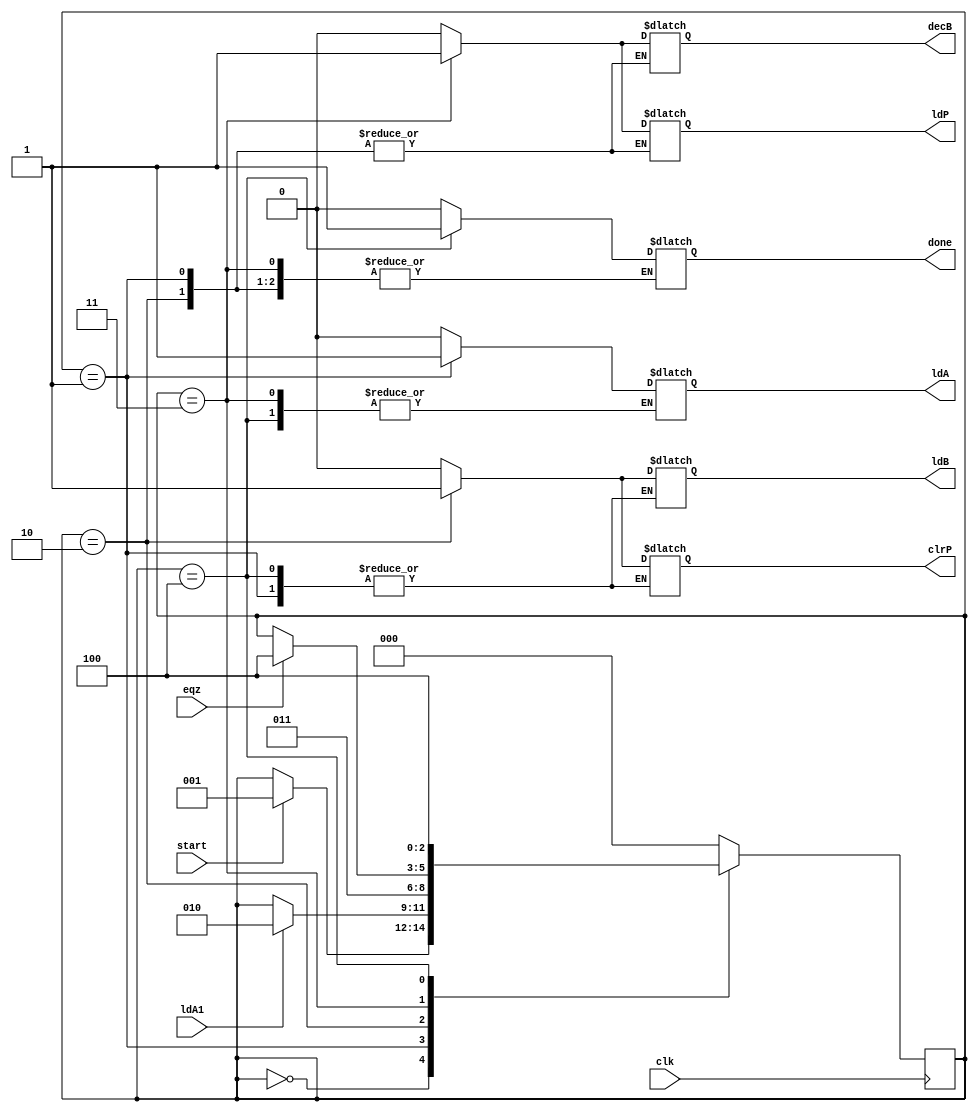
module mul_control(done,ldA,ldA1,ldB,ldP,clrP,decB,eqz,start,clk);

output reg done,ldA,ldB,ldP,clrP,decB;
input start,clk,ldA1,eqz;

reg [2:0] state;
parameter S0 = 0 , S1 = 1, S2 = 2, S3 = 3, S4 =4;

always @(posedge clk) begin	//define the state value only in current always block

	case (state)
		S0 :  if (start) state <= S1;
		S1 :  if (ldA1) state <= S2;
		S2 :  state <= S3;
		S3 : #2 if (eqz) state <= S4;
		S4 :  state <= S4;
		default : state <= S0; 
	endcase
	
end




always @(state) begin

	case (state)
		S0 : begin #1 done = 0;ldA = 0;ldB = 0;ldP = 0;clrP = 0;decB = 0; end
		S1 : begin #1 ldA = 1; end
		S2 : begin #1 ldA = 0; ldB = 1; clrP = 1; end
		S3 : begin #1 ldB = 0; clrP = 0; ldP = 1; decB = 1; end
		S4 : begin #1 done = 1; ldP = 0; decB = 0; end
		default : begin done = 0;ldA = 0;ldB = 0;ldP = 0;clrP = 0;decB = 0; end
		
	endcase
end
endmodule